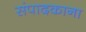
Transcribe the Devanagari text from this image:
संपादकाना